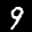
Label: 9